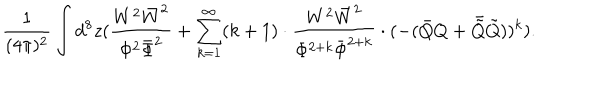
\frac { 1 } { ( 4 \pi ) ^ { 2 } } \int d ^ { 8 } z ( \frac { W ^ { 2 } \bar { W } ^ { 2 } } { \Phi ^ { 2 } \bar { \Phi } ^ { 2 } } + \sum _ { k = 1 } ^ { \infty } ( k + 1 ) \cdot \frac { W ^ { 2 } \bar { W } ^ { 2 } } { \Phi ^ { 2 + k } \bar { \Phi } ^ { 2 + k } } \cdot ( - ( \bar { Q } Q + \bar { \tilde { Q } } \tilde { Q } ) ) ^ { k } ) .